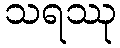
သရဿု